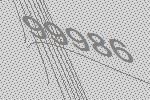
99986